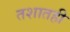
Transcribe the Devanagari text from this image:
तशातही